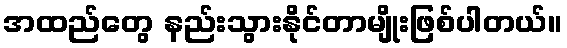
အထည်တွေ နည်းသွားနိုင်တာမျိုးဖြစ်ပါတယ်။